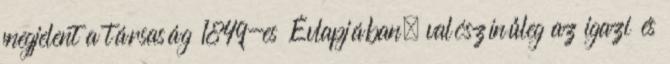
megjelent a társaság 1849-es Évlapjában, valószínűleg az igazi és